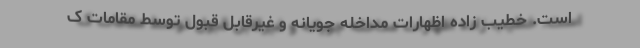
است. خطیب زاده اظهارات مداخله جویانه و غیرقابل قبول توسط مقامات ک